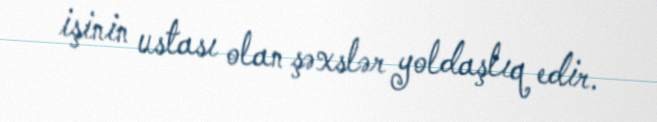
işinin ustası olan şəxslər yoldaşlıq edir.